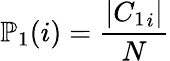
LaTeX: \mathbb{P}_{1}(i)=\frac{|{C_{1}}_{i}|}{N}